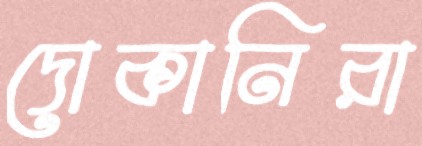
দোকানিরা